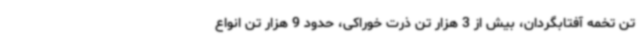
تن تخمه آفتابگردان، بیش از 3 هزار تن ذرت خوراکی، حدود 9 هزار تن انواع